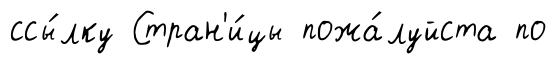
ссы́лку Стран'и́цы пожа́луйста по